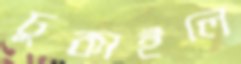
ঢুকাইলে